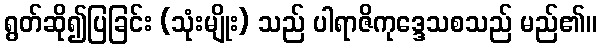
ရွတ်ဆို၍ပြခြင်း (သုံးမျိုး) သည် ပါရာဇိကုဒ္ဒေသစသည် မည်၏။